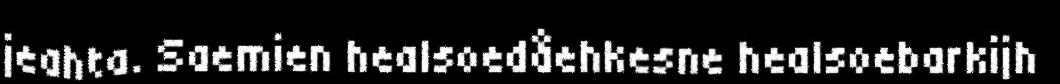
jeahta. Saemien healsoedåehkesne healsoebarkijh